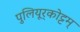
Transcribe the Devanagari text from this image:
पुलियूर्‌कोट्टम्